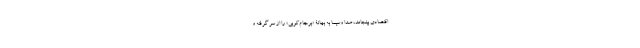
اقتصادی بینجامد، صدا وسیما به بهانۀ «برجام‌کوبی» را از سر گرفته و